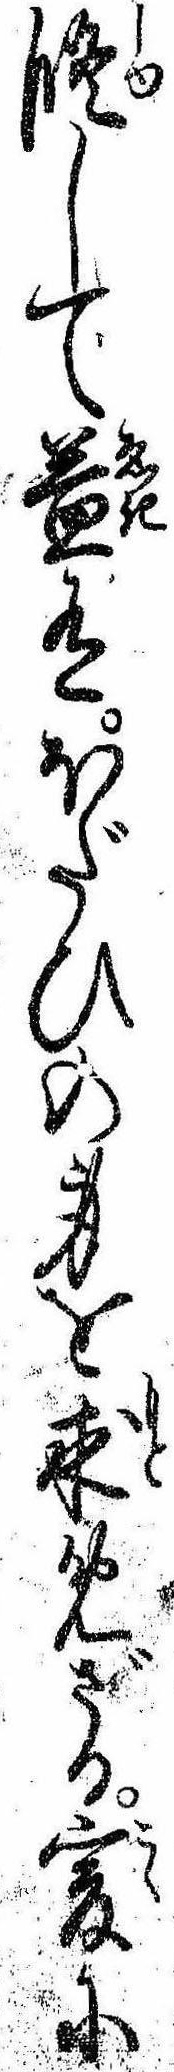
修して益有ほだひの身を求めざる爰に